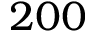
2 0 0